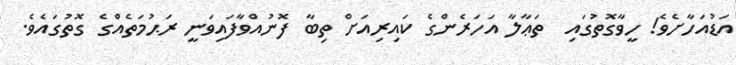
އަޑުއަހާށެވެ! ހީވާގޮތުގައި  ތަޢާލާ އަހަރެންގެ ކައިރިއަށް ތިބާ ފޮނުއްވާފައިވަނީ ރަޙުމަތެއްގެ ގޮތުގައެވެ.